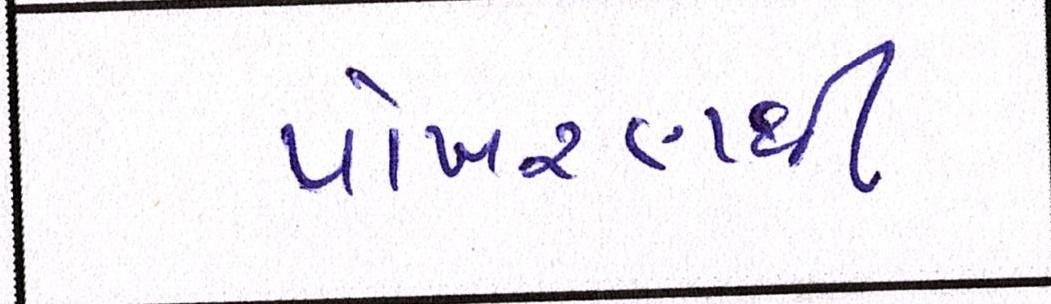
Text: પોખરણથી